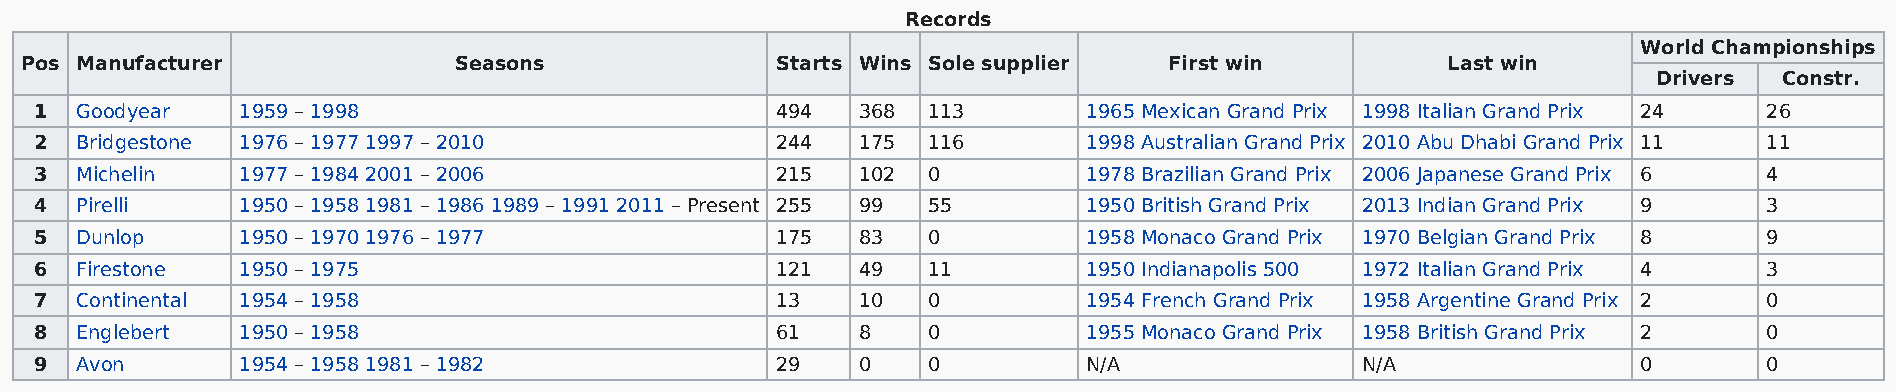
Records
 World Championships
 Pos Manufacturer             Seasons              Starts Wins Sole supplier First win          Last win
 Drivers Constr.
 1  Goodyear   1959 – 1998                        494   368 113        1965 Mexican Grand Prix 1998 Italian Grand Prix 24 26
 2  Bridgestone 1976 – 1977 1997 – 2010           244   175 116        1998 Australian Grand Prix 2010 Abu Dhabi Grand Prix 11 11
 3  Michelin   1977 – 1984 2001 – 2006            215   102 0          1978 Brazilian Grand Prix 2006 Japanese Grand Prix 6 4
 4  Pirelli    1950 – 1958 1981 – 1986 1989 – 1991 2011 – Present 255 99 55 1950 British Grand Prix 2013 Indian Grand Prix 9 3
 5  Dunlop     1950 – 1970 1976 – 1977            175   83  0          1958 Monaco Grand Prix 1970 Belgian Grand Prix 8 9
 6  Firestone  1950 – 1975                        121   49  11         1950 Indianapolis 500 1972 Italian Grand Prix 4 3
 7  Continental 1954 – 1958                       13    10  0          1954 French Grand Prix 1958 Argentine Grand Prix 2 0
 8  Englebert  1950 – 1958                        61    8   0          1955 Monaco Grand Prix 1958 British Grand Prix 2 0
 9  Avon       1954 – 1958 1981 – 1982            29    0   0          N/A               N/A                0       0